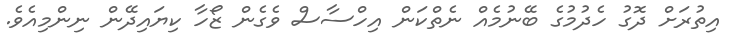
އިތުރަށް ދޮގު ހެދުމުގެ ބޭނުމެއް ނެތްކަން އިހްސާސް ވެގެން ޒޯހާ ކިޔައިދޭން ނިންމިއެވެ.